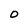
Character: O